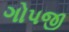
ગોપજી